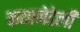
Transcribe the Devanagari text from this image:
कयानेडेली